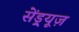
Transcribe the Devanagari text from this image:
सेंड्र्यूज़